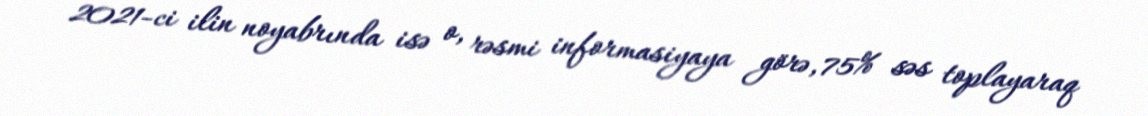
2021-ci ilin noyabrında isə o, rəsmi informasiyaya görə, 75% səs toplayaraq